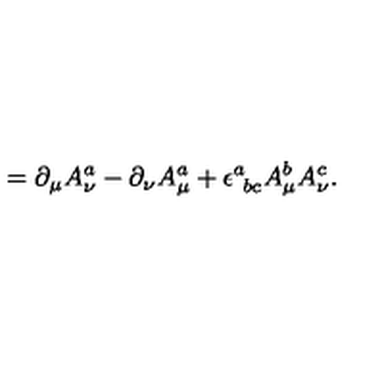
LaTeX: = \partial _ { \mu } A _ { \nu } ^ { a } - \partial _ { \nu } A _ { \mu } ^ { a } + \epsilon _ { \ b c } ^ { a } A _ { \mu } ^ { b } A _ { \nu } ^ { c } .